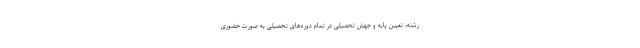
رشته، تعیین پایه و جهش تحصیلی در تمام دوره‌های تحصیلی به صورت حضوری